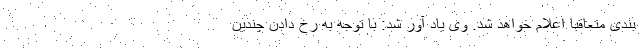
بندی متعاقبا اعلام خواهد شد. وی یاد آور شد: با توجه به رخ دادن چندین